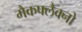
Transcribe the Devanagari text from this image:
मैकफ्लैक्नो